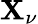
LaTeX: \mathbf{X}_{\nu}